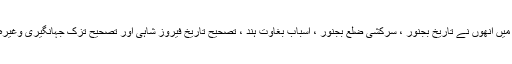
اس زمانے میں انھوں نے تاریخ بجنور ، سرکشی ضلع بجنور ، اسباب بغاوت ہند ، تصحیح تاریخ فیروز شاہی اور تصحیح تزک جہانگیری وغیرہ شائع کیں ۔